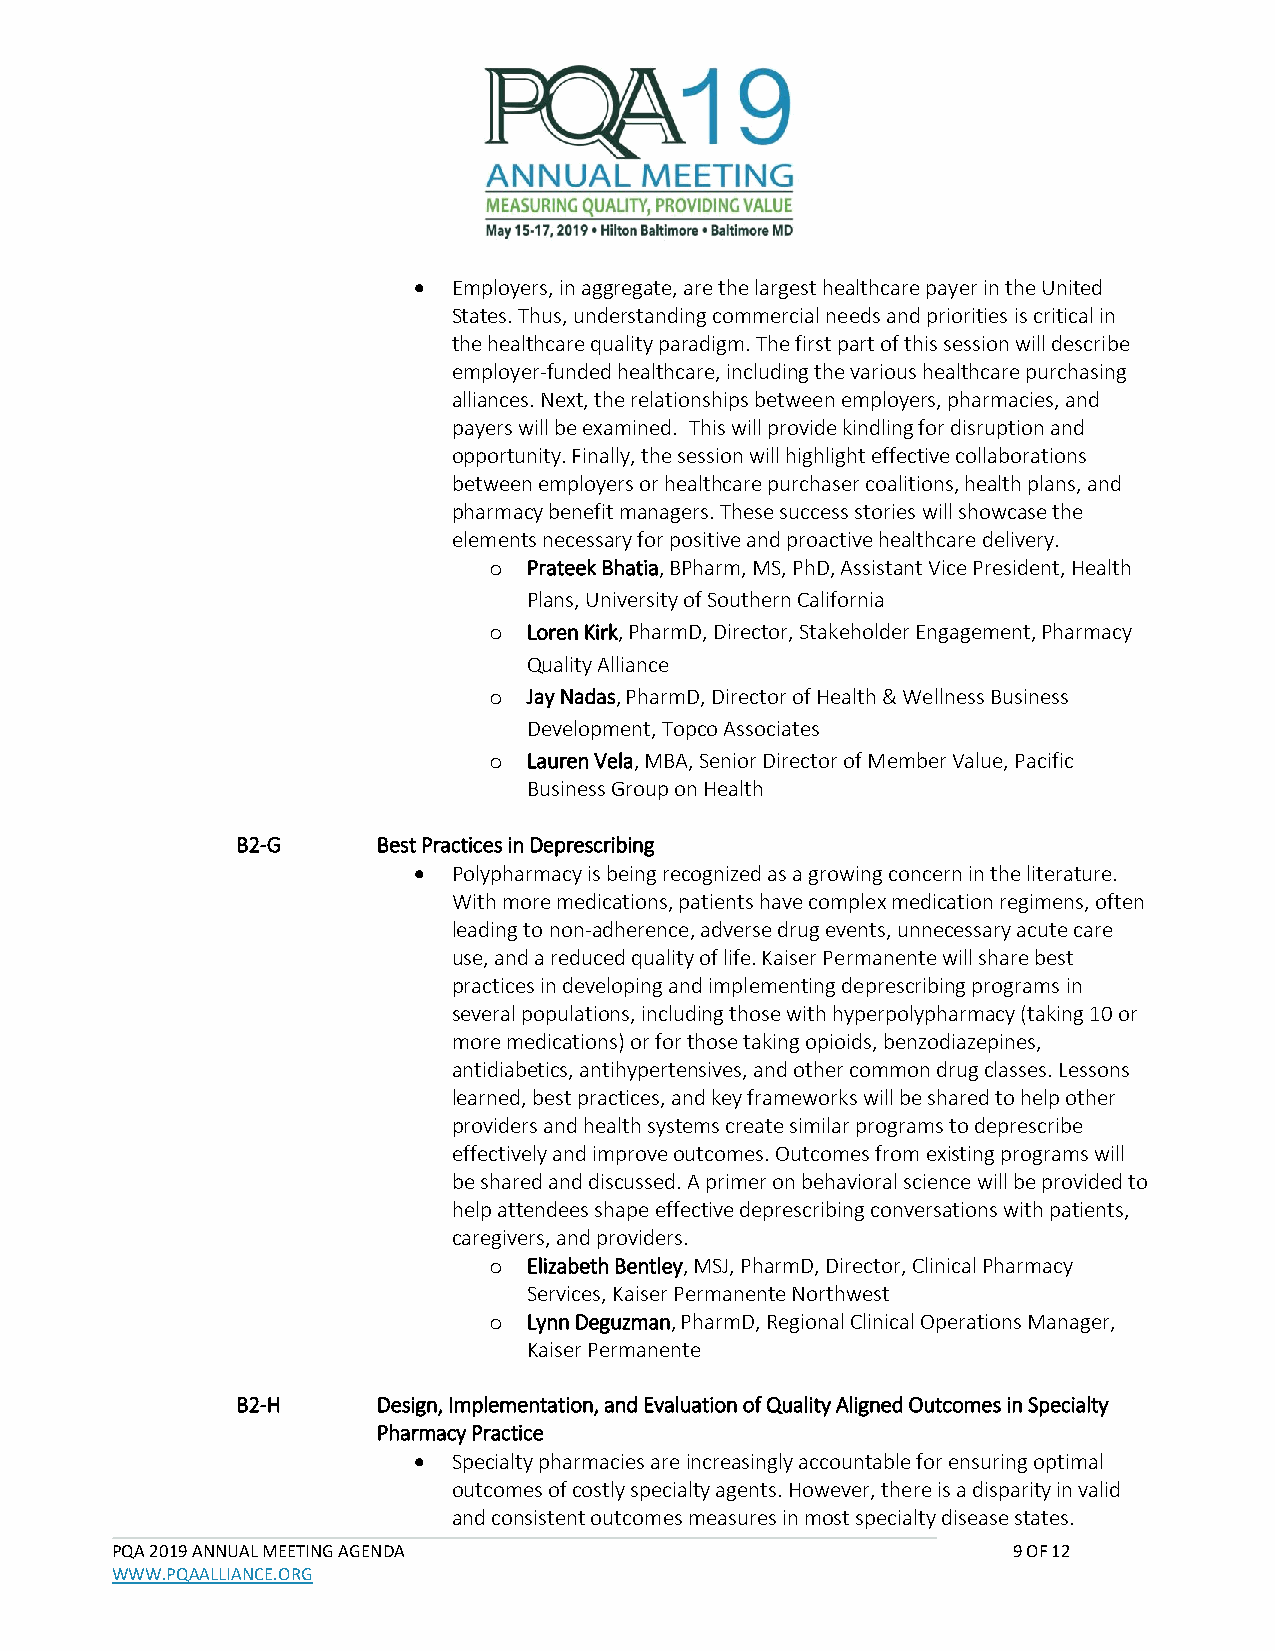
•  Employers, in aggregate, are the largest healthcare payer in the United
 States. Thus, understanding commercial needs and priorities is critical in
 the healthcare quality paradigm. The first part of this session will describe
 employer-funded healthcare, including the various healthcare purchasing
 alliances. Next, the relationships between employers, pharmacies, and
 payers will be examined. This will provide kindling for disruption and
 opportunity. Finally, the session will highlight effective collaborations
 between employers or healthcare purchaser coalitions, health plans, and
 pharmacy benefit managers. These success stories will showcase the
 elements necessary for positive and proactive healthcare delivery.
 o  Prateek Bhatia, BPharm, MS, PhD, Assistant Vice President, Health
 Plans, University of Southern California
 o  Loren Kirk, PharmD, Director, Stakeholder Engagement, Pharmacy
 Quality Alliance
 o  Jay Nadas, PharmD, Director of Health & Wellness Business
 Development, Topco Associates
 o  Lauren Vela, MBA, Senior Director of Member Value, Pacific
 Business Group on Health
 B2-G     Best Practices in Deprescribing
 •  Polypharmacy is being recognized as a growing concern in the literature.
 With more medications, patients have complex medication regimens, often
 leading to non-adherence, adverse drug events, unnecessary acute care
 use, and a reduced quality of life. Kaiser Permanente will share best
 practices in developing and implementing deprescribing programs in
 several populations, including those with hyperpolypharmacy (taking 10 or
 more medications) or for those taking opioids, benzodiazepines,
 antidiabetics, antihypertensives, and other common drug classes. Lessons
 learned, best practices, and key frameworks will be shared to help other
 providers and health systems create similar programs to deprescribe
 effectively and improve outcomes. Outcomes from existing programs will
 be shared and discussed. A primer on behavioral science will be provided to
 help attendees shape effective deprescribing conversations with patients,
 caregivers, and providers.
 o  Elizabeth Bentley, MSJ, PharmD, Director, Clinical Pharmacy
 Services, Kaiser Permanente Northwest
 o  Lynn Deguzman, PharmD, Regional Clinical Operations Manager,
 Kaiser Permanente
 B2-H     Design, Implementation, and Evaluation of Quality Aligned Outcomes in Specialty
 Pharmacy Practice
 •  Specialty pharmacies are increasingly accountable for ensuring optimal
 outcomes of costly specialty agents. However, there is a disparity in valid
 and consistent outcomes measures in most specialty disease states.
 PQA 2019 ANNUAL MEETING AGENDA                              9 OF 12
 WWW.PQAALLIANCE.ORG